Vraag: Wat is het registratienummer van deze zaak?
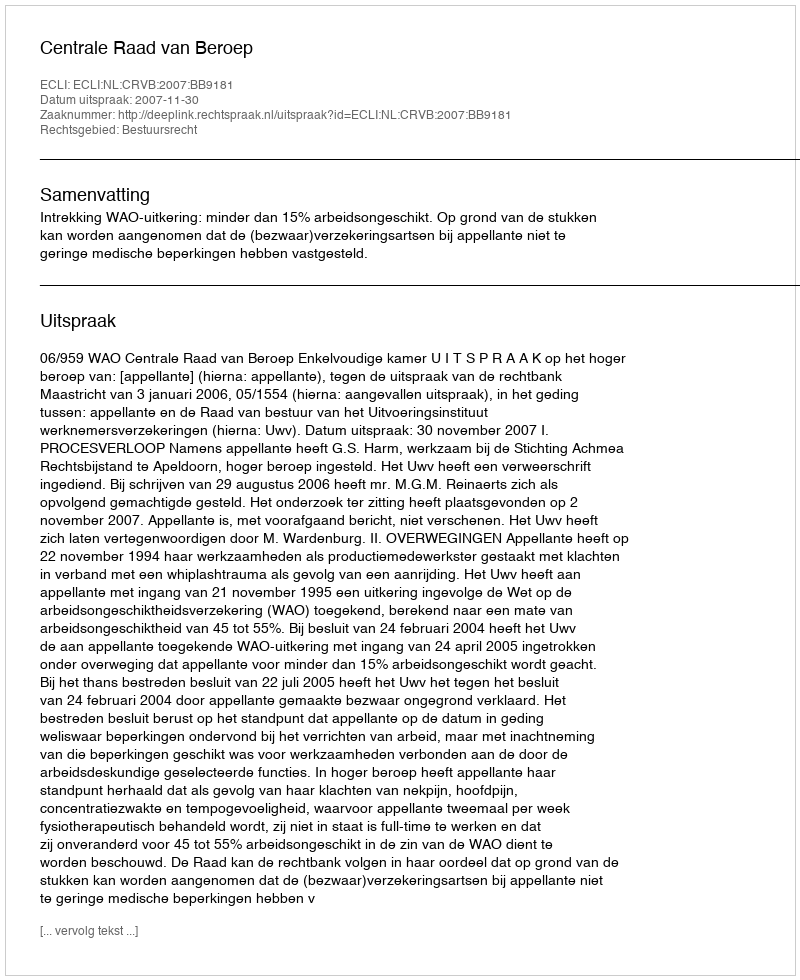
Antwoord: http://deeplink.rechtspraak.nl/uitspraak?id=ECLI:NL:CRVB:2007:BB9181